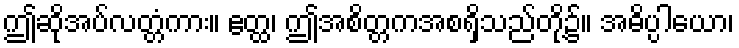
ဤဆိုအပ်လတ္တံကား။ ဧတ္ထ၊ ဤအစိတ္တကအစရှိသည်တို့၌။ အဓိပ္ပါယော၊